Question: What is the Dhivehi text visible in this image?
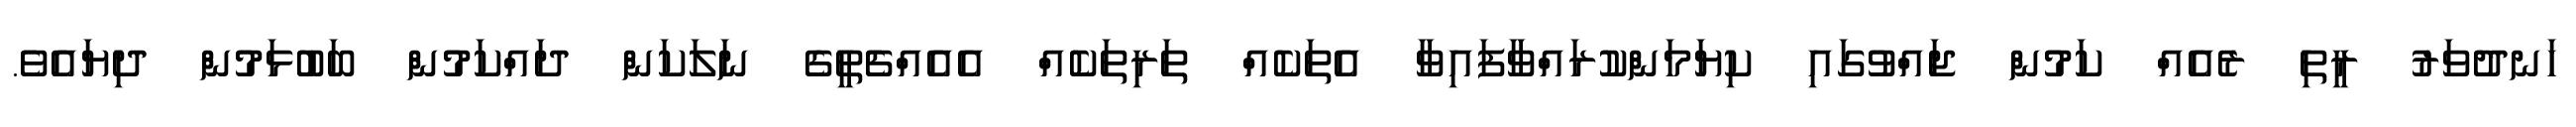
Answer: ހަނދުވަރު ރީތި ރެއެއް ކަމުން ޖައްވުގައި ކިޔަމަންކުރައްވާފައިވާ އެތަކެއް ތަރިތަކެއް އެއެއްޗެތީގެ ނަލަކަން ދައްކަމުން ބަބުޅަމުން ދިޔައެވެ.